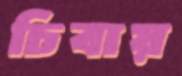
চিবায়